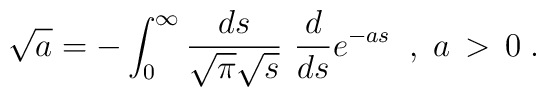
\sqrt{a} = -\int^{\infty}_0 \frac{ds}{\sqrt{\pi} \sqrt{s}} \,\,\frac{d}{ds} e^{-as}  \; \;, \; a \, > \, 0 \; .